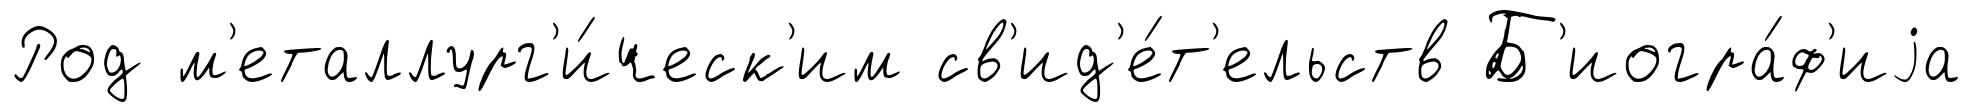
Род м'еталлург'и́ческ'им св'ид'е́т'ельств Б'иогра́ф'иjа